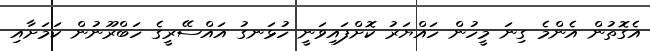
އެގޮތުން އެންމެ ގިނަ މީހުން ހައްޔަރު ކޮށްފައިވަނީ ހުޅަނގު އައްސޭރީގެ ހަބްރޫނުން ކަމަށާއި